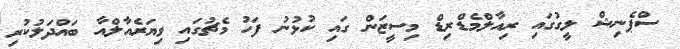
ސްޕެނިޝް ލީގުގައި ރިއާލްމެޑްރިޑް މިސީޒަން ގައި ކުޅުނު ފަހު މެޗުގައި ވިޔަރެއާލްއާ ބައްދަލުކުރި